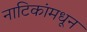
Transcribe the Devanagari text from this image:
नाटिकांमधून